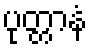
ပုတ္တာနံ